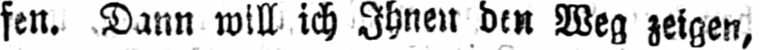
fen. Dann will ich Ihnen den Weg zeigen,